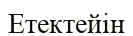
Етектейін